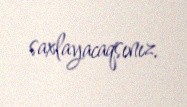
saxlayacaqsınız.